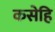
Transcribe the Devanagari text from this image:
कसेहि